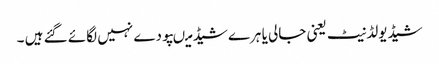
شیڈیولڈنیٹ یعنی جالی یا ہرے شیڈ میںپودے نہیں لگائے گئے ہیں ۔